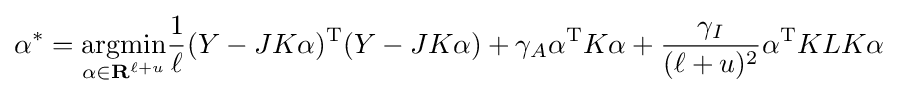
\alpha ^{*}={\underset {\alpha \in \mathbf {R} ^{\ell +u}}{\arg \!\min }}{\frac {1}{\ell }}(Y-JK\alpha )^{\mathrm {T} }(Y-JK\alpha )+\gamma _{A}\alpha ^{\mathrm {T} }K\alpha +{\frac {\gamma _{I}}{(\ell +u)^{2}}}\alpha ^{\mathrm {T} }KLK\alpha